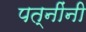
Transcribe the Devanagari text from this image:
पत्नींनी